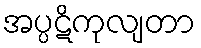
အပ္ပဋိကုလျတာ